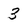
Character: 3